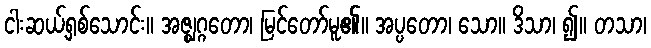
ငါးဆယ့်ရှစ်သောင်း။ အဇ္ဈဂ္ဂတော၊ မြင်တော်မူ၏။ အပ္ပတော၊ သော။ ဒိသာ၊ ၍။ တသာ၊